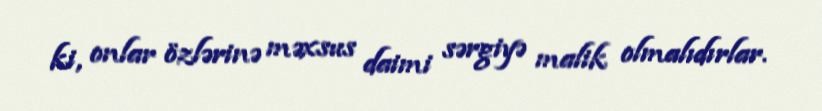
ki, onlar özlərinə məxsus daimi sərgiyə malik olmalıdırlar.